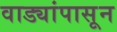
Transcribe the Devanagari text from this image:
वाड्यांपासून